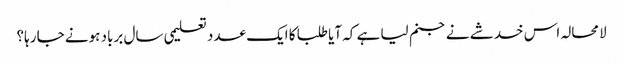
لامحالہ اس خدشے نے جنم لیا ہے کہ آیا طلبا کا ایک عدد تعلیمی سال برباد ہونے جا رہا؟